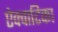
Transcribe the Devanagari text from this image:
ऐक्वाटिका